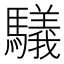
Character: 𲌃